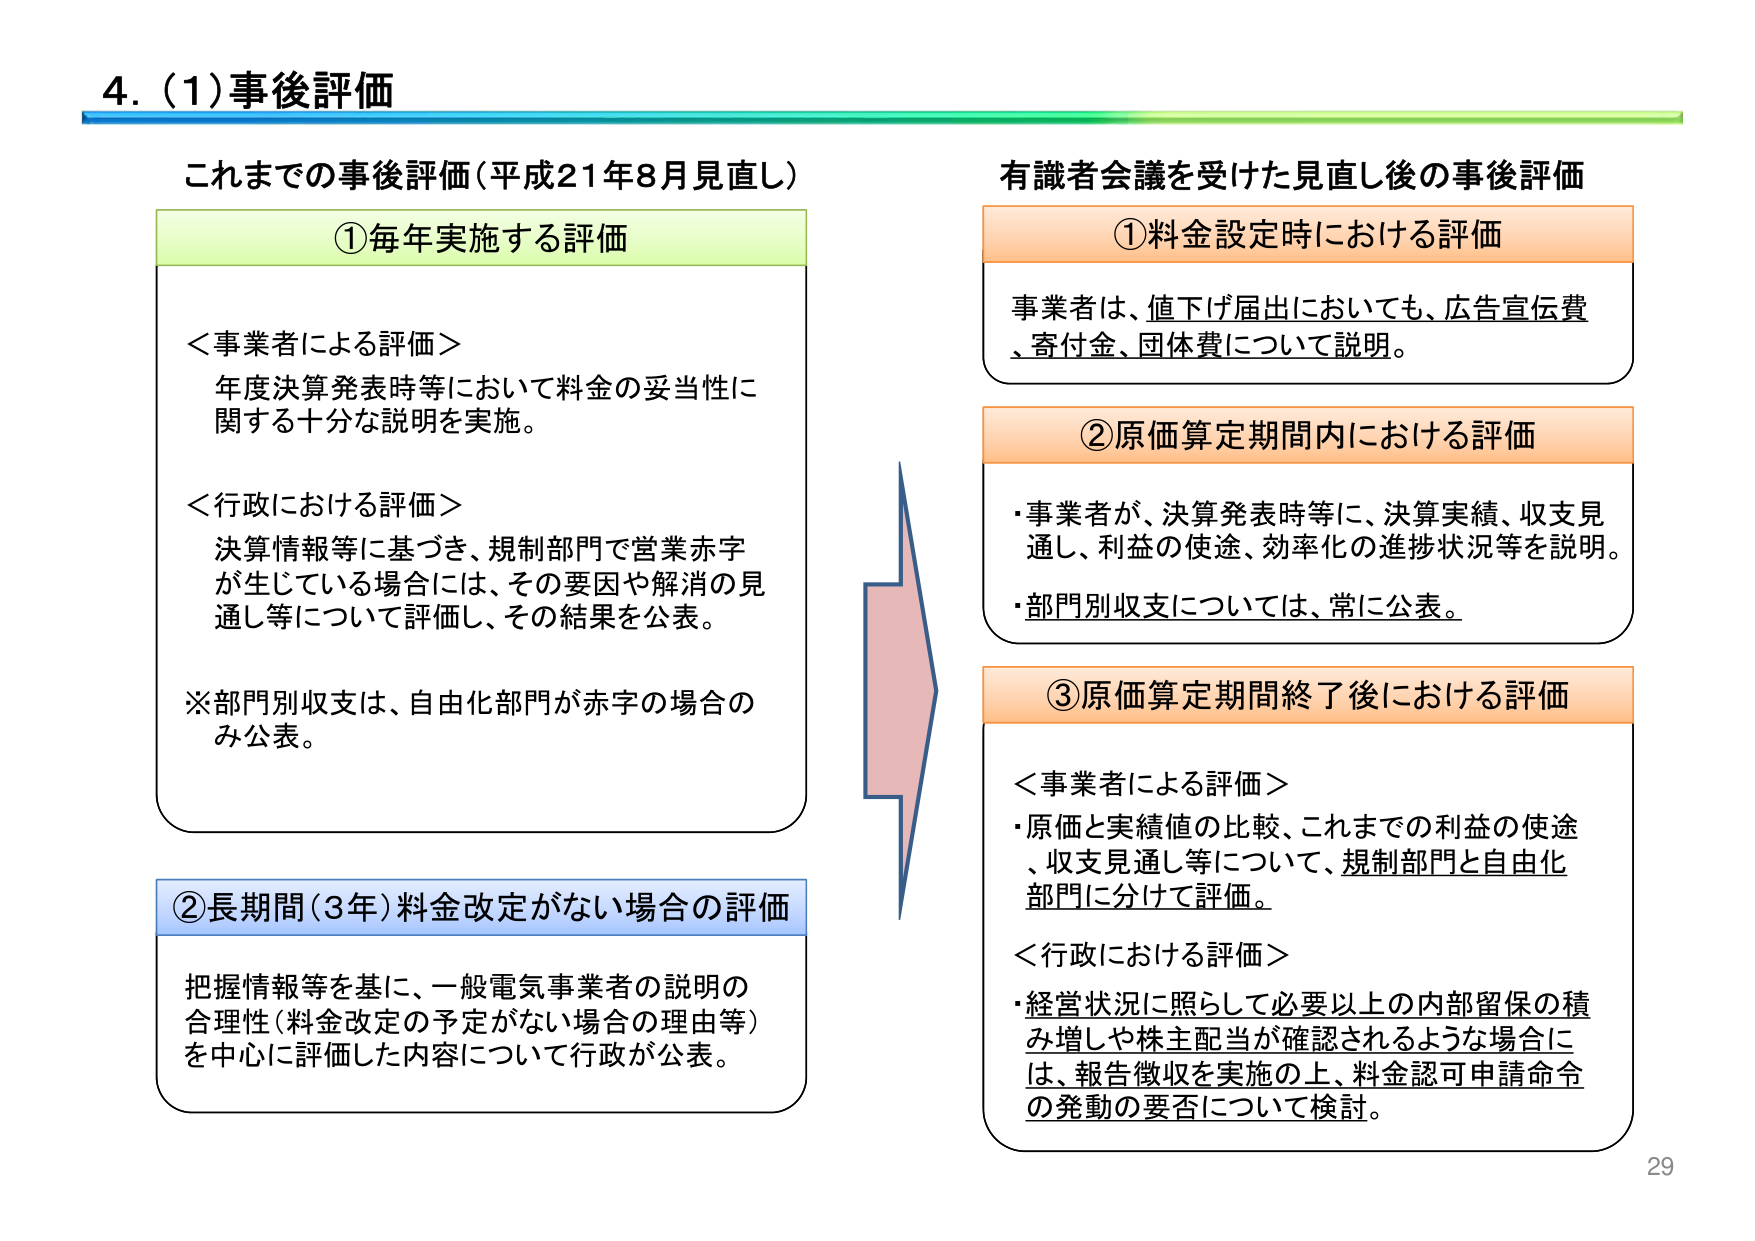
4. (1) 事後評価

これまでの事後評価（平成21年8月見直し）

① 毎年実施する評価

＜事業者による評価＞
年度決算発表時等において料金の妥当性に関する十分な説明を実施。

＜行政における評価＞
決算情報等に基づき、規制部門で営業赤字が生じている場合には、その要因や解消の見通し等について評価し、その結果を公表。

※部門別収支は、自由化部門が赤字の場合のみ公表。

② 長期間（3年）料金改定がない場合の評価
把握情報等を基に、一般電気事業者の説明の合理性（料金改定の予定がない場合の理由等）を中心に評価した内容について行政が公表。

有識者会議を受けた見直し後の事後評価

① 料金設定時における評価
事業者は、値下げ届出においても、広告宣伝費、寄付金、団体費について説明。

② 原価算定期間内における評価
・事業者が、決算発表時等に、決算実績、収支見通し、利益の使途、効率化の進捗状況等を説明。
・部門別収支については、常に公表。

③ 原価算定期間終了後における評価

＜事業者による評価＞
・原価と実績値の比較、これまでの利益の使途、収支見通し等について、規制部門と自由化部門に分けて評価。

＜行政における評価＞
・経営状況に照らして必要以上の内部留保の積み増しや株主配当が確認されるような場合には、報告徴収を実施の上、料金認可申請命令の発動の要否について検討。

29